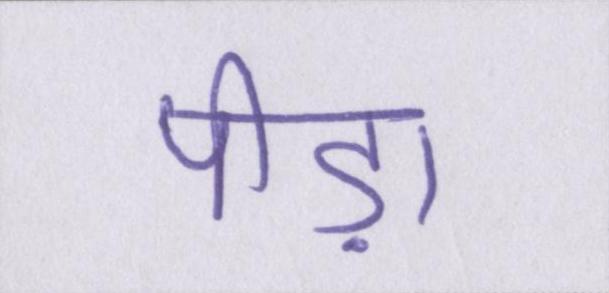
पीड़ा